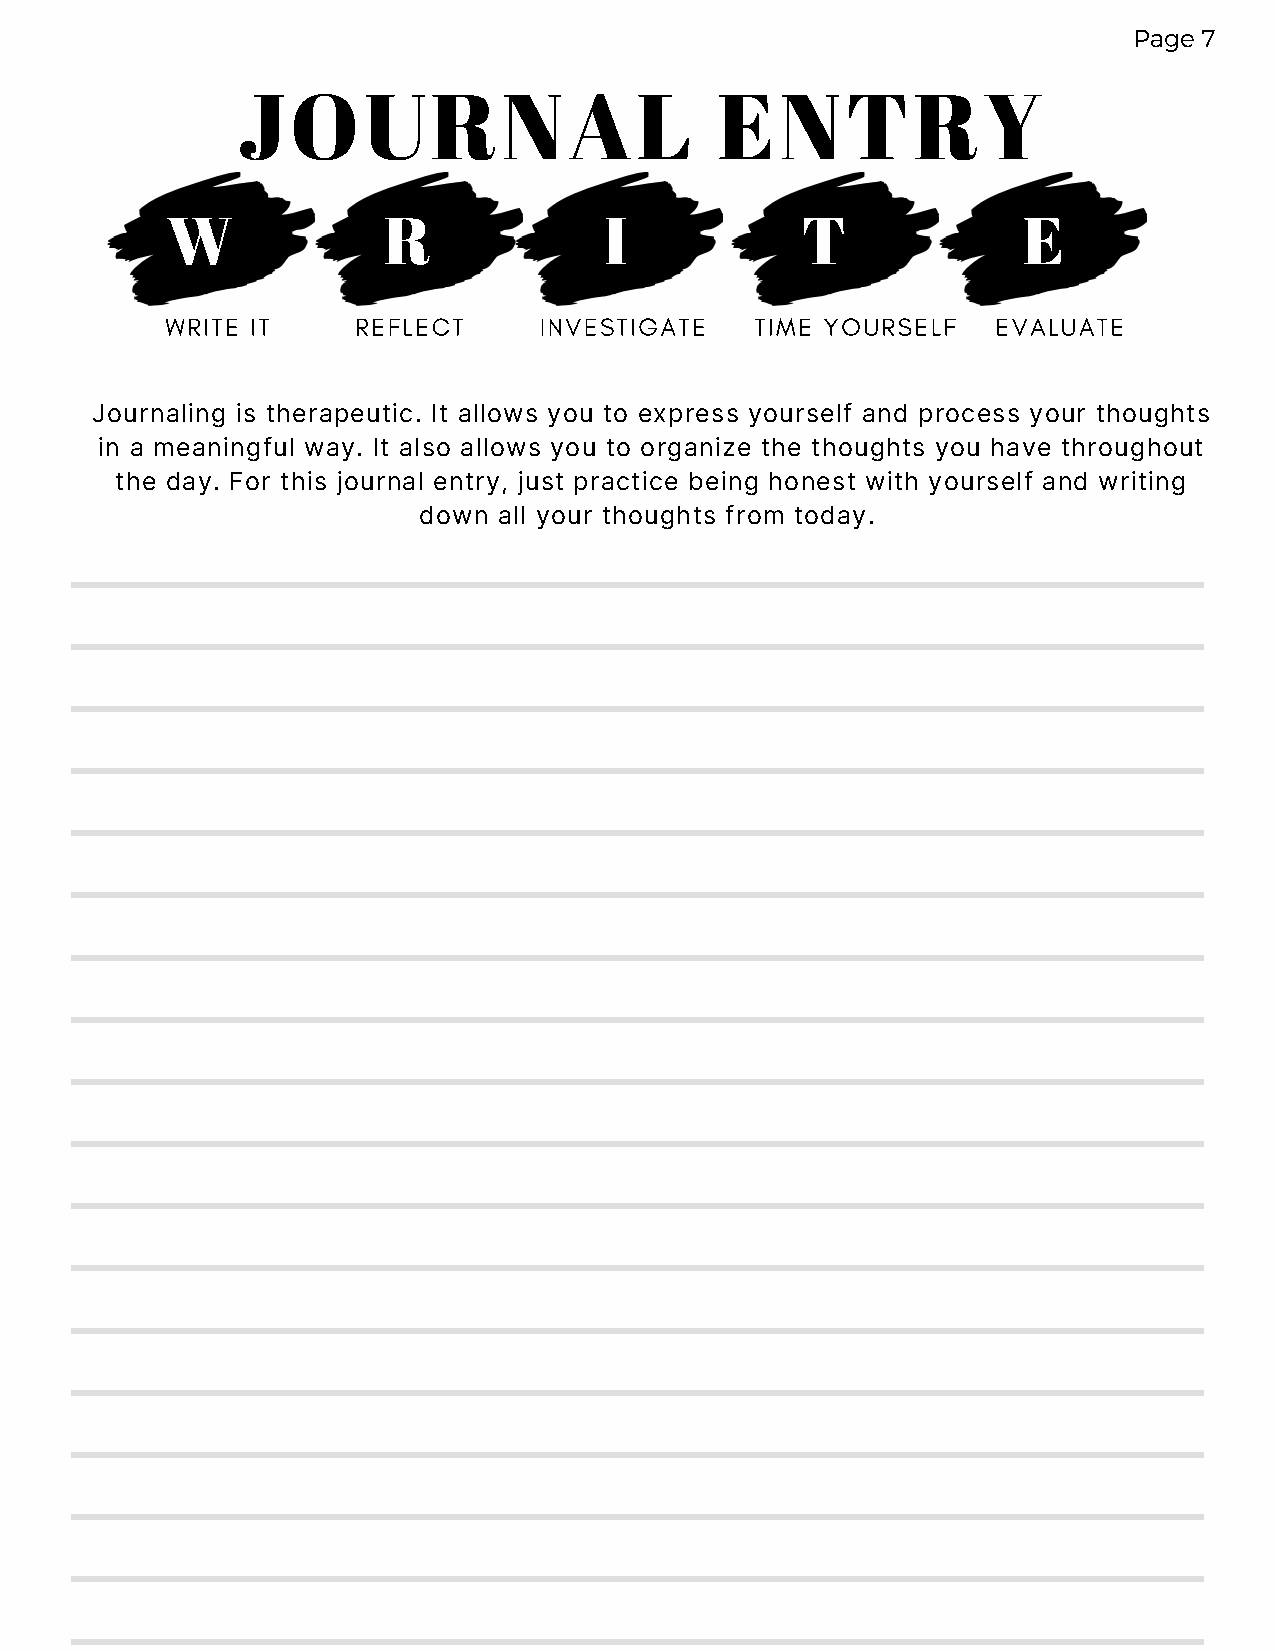
Page 7
 JOURNAL                        ENTRY
 W             R              I            T              E
 WRITE IT     REFLECT     INVESTIGATE   TIME YOURSELF   EVALUATE
 Journaling is therapeutic. It allows you to express yourself and process your thoughts
 in a meaningful way. It also allows you to organize the thoughts you have throughout
 the day. For this journal entry, just practice being honest with yourself and writing
 down all your thoughts from today.